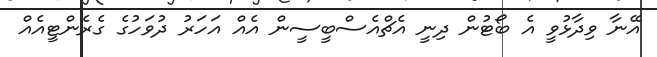
އޭނާ ވިދާޅުވީ އެ ބޯޓުން ދިނީ އެޗްއެސްބީސީން އެއް އަހަރު ދުވަހުގެ ގެރެންޓީއެއް